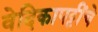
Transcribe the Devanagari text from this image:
वेदिकापट्टींचे